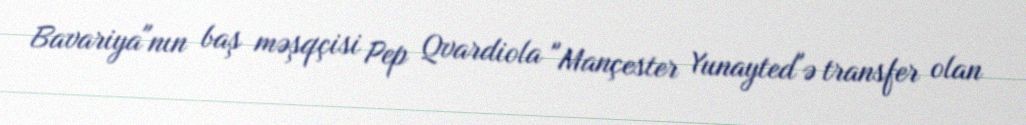
Bavariya"nın baş məşqçisi Pep Qvardiola "Mançester Yunayted"ə transfer olan